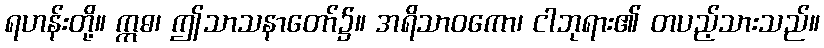
ရဟန်းတို့။ ဣဓ၊ ဤသာသနာတော်၌။ အရိသာဝကော၊ ငါဘုရား၏ တပည့်သားသည်။